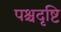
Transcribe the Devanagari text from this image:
पश्चदृष्टि